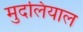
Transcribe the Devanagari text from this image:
मुदलियाल